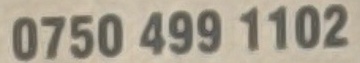
0750 499 1102